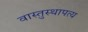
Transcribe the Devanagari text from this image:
वास्तुस्थापत्य